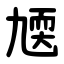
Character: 㐡